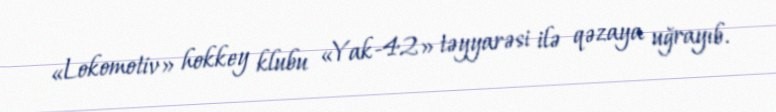
«Lokomotiv» hokkey klubu «Yak-42» təyyarəsi ilə qəzaya uğrayıb.